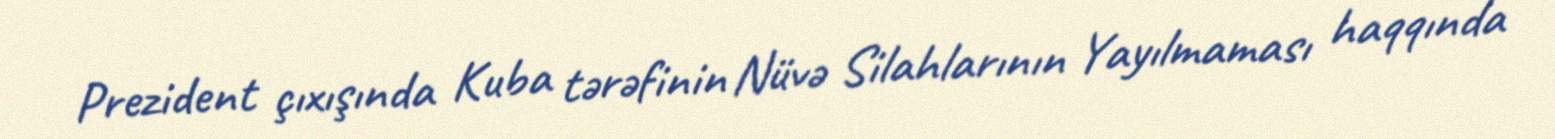
Prezident çıxışında Kuba tərəfinin Nüvə Silahlarının Yayılmaması haqqında